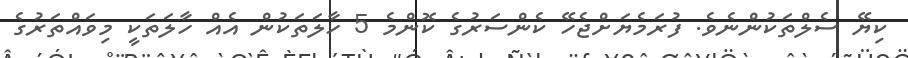
ކިޔޭ ސެލްތަކުންނެވެ. ފުރަމެޔަށްޖެހޭ ކެންސަރުގެ ކޮންމެ 5 ހާލަތަކުން އެއް ހާލަތަކީ މިވައްތަރުގެ